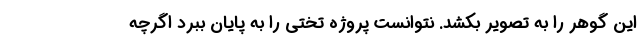
این گوهر را به تصویر بکشد. نتوانست پروژه تختی را به پایان ببرد اگرچه